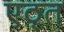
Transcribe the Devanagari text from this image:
एठ्त